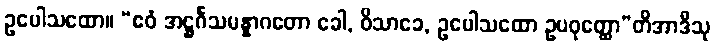
ဥပေါသထော။ “ဧဝံ အဋ္ဌင်္ဂသမန္နာဂတော ခေါ, ဝိသာခေ, ဥပေါသထော ဥပဝုတ္ထော”တိအာဒီသု